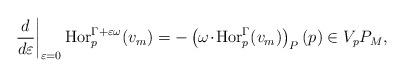
LaTeX: \begin{align*}\left.\frac{d}{d\varepsilon}\right|_{\varepsilon=0}\operatorname{Hor}^{\Gamma+\varepsilon \omega}_p(v_m)=-\left(\omega\!\cdot\!\operatorname{Hor}^\Gamma_p(v_m)\right)_P(p)\in V_pP_M,\end{align*}